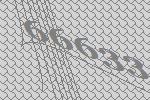
66633